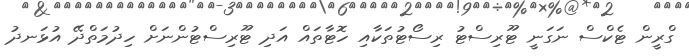
ގްރީން ޓެކްސް ނަގަނީ ޓޫރިސްޓު ރިސޯޓުތަކާއި ހޮޓާތައް އަދި ޓޫރިސްޓުންނަށް ހިދުމަތްދޭ އުޅަނދު